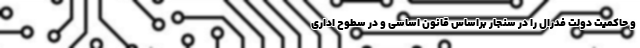
و حاکمیت دولت فدرال را در سنجار براساس قانون اساسی و در سطوح اداری